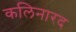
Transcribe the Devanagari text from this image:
कलिनारद